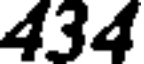
434